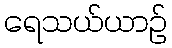
ရေသယ်ယာဉ်